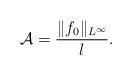
LaTeX: \begin{align*}\mathcal{A}=\frac{\|f_0\|_{L^\infty}}{l}. \end{align*}